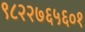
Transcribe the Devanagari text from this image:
९८२२७६५६०१